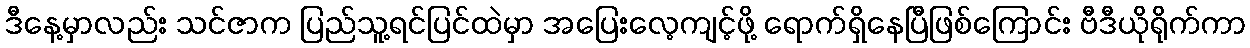
ဒီနေ့မှာလည်း သင်ဇာက ပြည်သူ့ရင်ပြင်ထဲမှာ အပြေးလေ့ကျင့်ဖို့ ရောက်ရှိနေပြီဖြစ်ကြောင်း ဗီဒီယိုရိုက်ကာ